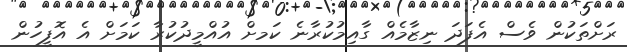
ރަށްތަކުން ވެސް އެފަދަ ނިޒާމެއް ގާއިމުކުރާނެ ކަމށް އުއްމީދުކުރާ ކަަމަށް އެ އޮފީހުން